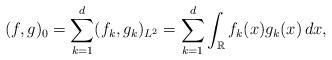
LaTeX: \begin{align*}(f,g)_{0}=\sum_{k=1}^{d}(f_{k},g_{k})_{L^{2}}=\sum_{k=1}^{d}\int_{\mathbb{R}}f_{k}(x)g_{k}(x)\,dx,\end{align*}